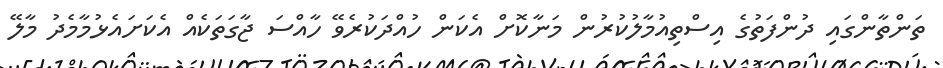
ތަންތާންގައި ދުންފަތުގެ އިސްތިއުމާލުކުރުން މަނާކޮށް އެކަން ހުއްދަކުރެވޭ ހާއްސަ ޖާގަތަކެއް އެކަށައެޅުމާމެދު މާލޭ